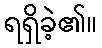
ရရှိခဲ့၏။